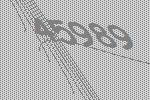
45989